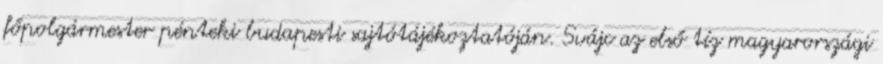
főpolgármester pénteki budapesti sajtótájékoztatóján. Svájc az első tíz magyarországi